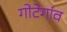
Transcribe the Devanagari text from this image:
गोटेगांव